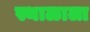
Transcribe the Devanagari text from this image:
स्थाळाला